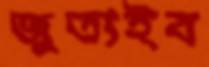
জুতাইব